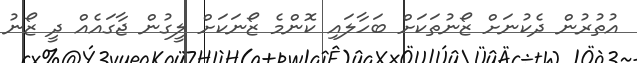
އުތުރުން ދެކުނަށް ޒޯނުތަކަށް ބަހާލައި ކޮންމެ ޒޯނަކަށް ލީގުން ޖާގައެއް ދީ ޒޯނު